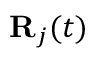
{ \bf R } _ { j } ( t )